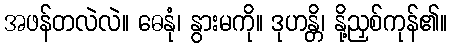
အဖန်တလဲလဲ။ ဓေနုံ၊ နွားမကို။ ဒုဟန္တိ၊ နို့ညှစ်ကုန်၏။